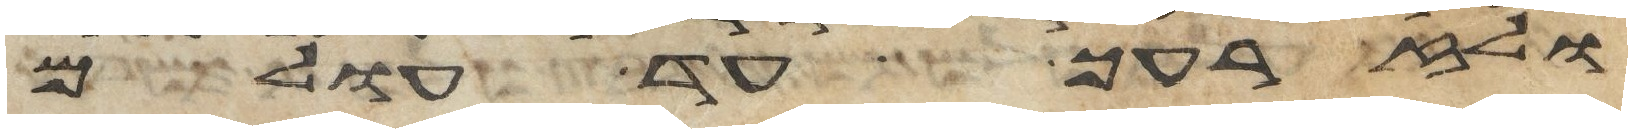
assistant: ולזרעך עד עולם